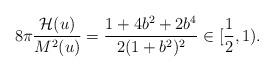
LaTeX: \begin{align*}8\pi \frac{\mathcal{H}(u)}{M^2(u)}=\frac{1+4b^2+2b^4}{2(1+b^2)^2}\in [\frac12,1).\end{align*}